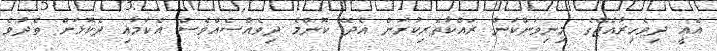
އެއީ ދިވެހިރާއްޖޭގެ މިނިވަންކަން ރައްކާތެރިކުރަން އެދޭ ކޮންމެ ދިވެއްސެއްވެސް އެކަމާއި ދެކޮޅަށް ތެދުވެ